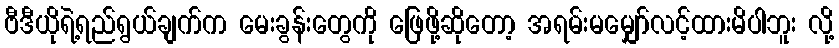
ဗီဒီယိုရဲ့ရည်ရွယ်ချက်က မေးခွန်းတွေကို ဖြေဖို့ဆိုတော့ အရမ်းမမျှော်လင့်ထားမိပါဘူး လို့